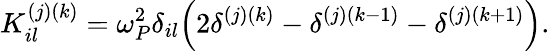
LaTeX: K_{il}^{(j)(k)}=\omega_{P}^{2}\delta_{il}\Big(2\delta^{(j)(k)}-\delta^{(j)(k-1)}-\delta^{(j)(k+1)}\Big).